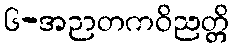
၆-အဉာတကဝိညတ္တိ